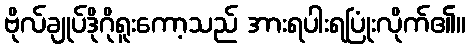
ဗိုလ်ချုပ်ဒိုဂိုရူးကော့သည် အားရပါးရပြုံးလိုက်၏။